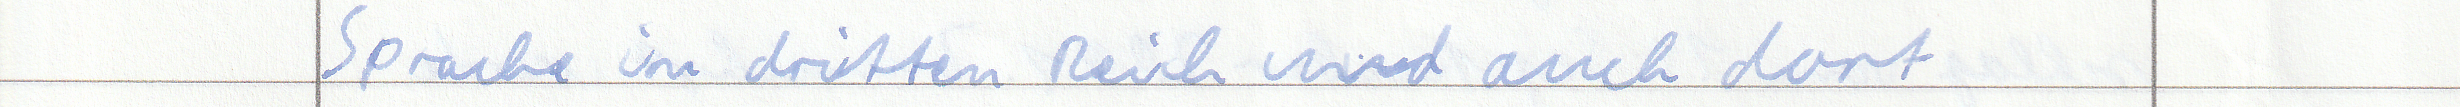
Sprache im dritten Reich und auch dort